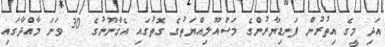
އަދި މީގެ އިތުރުން ފަނޑިޔާރުންގެ މަސްއޫލިއްޔަތުގެ ގޮތުގައި އެޤާނޫނުގެ 30 ވަނަ މާއްދާގައި